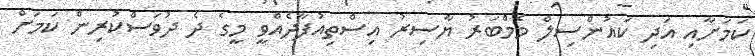
ކަމަށާއި އަދި ކައުންސިލް މެމްބަރު ޔާސިރު އިސްތިއުފާދެއްވީ މީގެ ދެ ދުވަސްކުރިން ކަމަށް